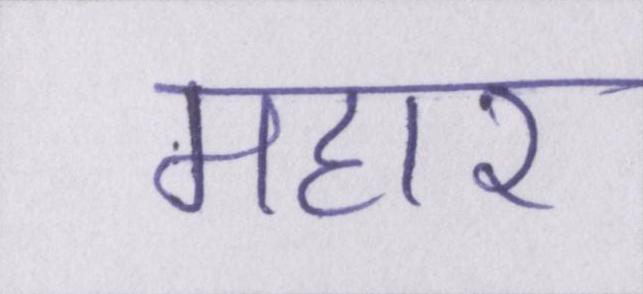
महार